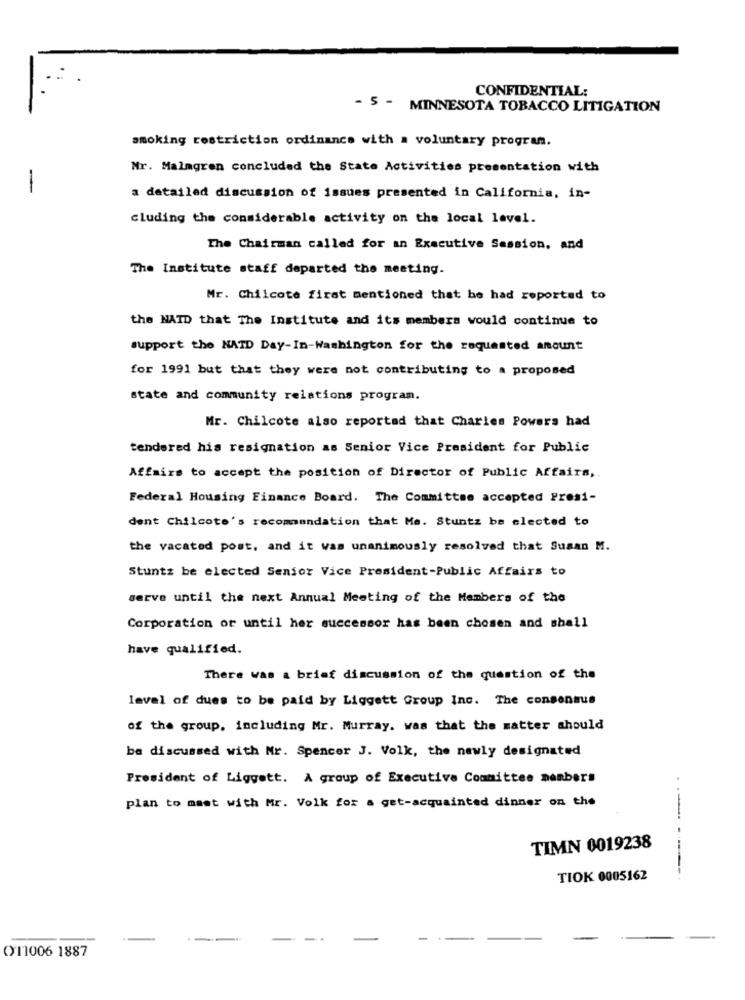
CONFIDENTIAL:
- 5 - MINNESOTA TOBACCO LITIGATION
smoking restriction ordinance with a voluntary program.
Nr. Malmgren concluded the State Activities presentation with
a detailed discussion of issues presented in California, in-
cluding the considerable activity on the local level.
The Chairman called for an Executive Session, and
The Institute staff departed the meeting.
Mr. Chilcote first mentioned that he had reported to
the NAID that The Institute and its members would continue to
support the NATD Day-In-Washington for the requested amount
for 1991 but that they were not contributing to a proposed
state and community relations program.
Mr. Chilcote also reported that Charles Powers had
tendered his resignation as Senior Vice President for Public
Affairs to accept the position of Director of Public Affairs,
Federal Housing Finance Board. The Committee accepted Presi-
dent Chilcote's recommandation that Me. Stuntz be elected to
the vacated post, and it was unanimously resolved that Susan M.
Stuntz be elected Senior Vice President-Public Affairs to
serve until the next Annual Meeting of the Members of the
Corporation or until her successor has been chosen and shall
have qualified.
There was a brief discussion of the question of the
level of dues to be paid by Liggett Group Inc. The consensus
of the group, including Mr. Murray. was that the matter should
be discussed with Mr. Spencer J. Volk, the newly designated
President of Liggett. A group of Executive Committee members
plan to meet with Mr. Volk for a get-acquainted dinner on the
---
TIMN 0019238
TIOK 0005162
---
()11006 1887